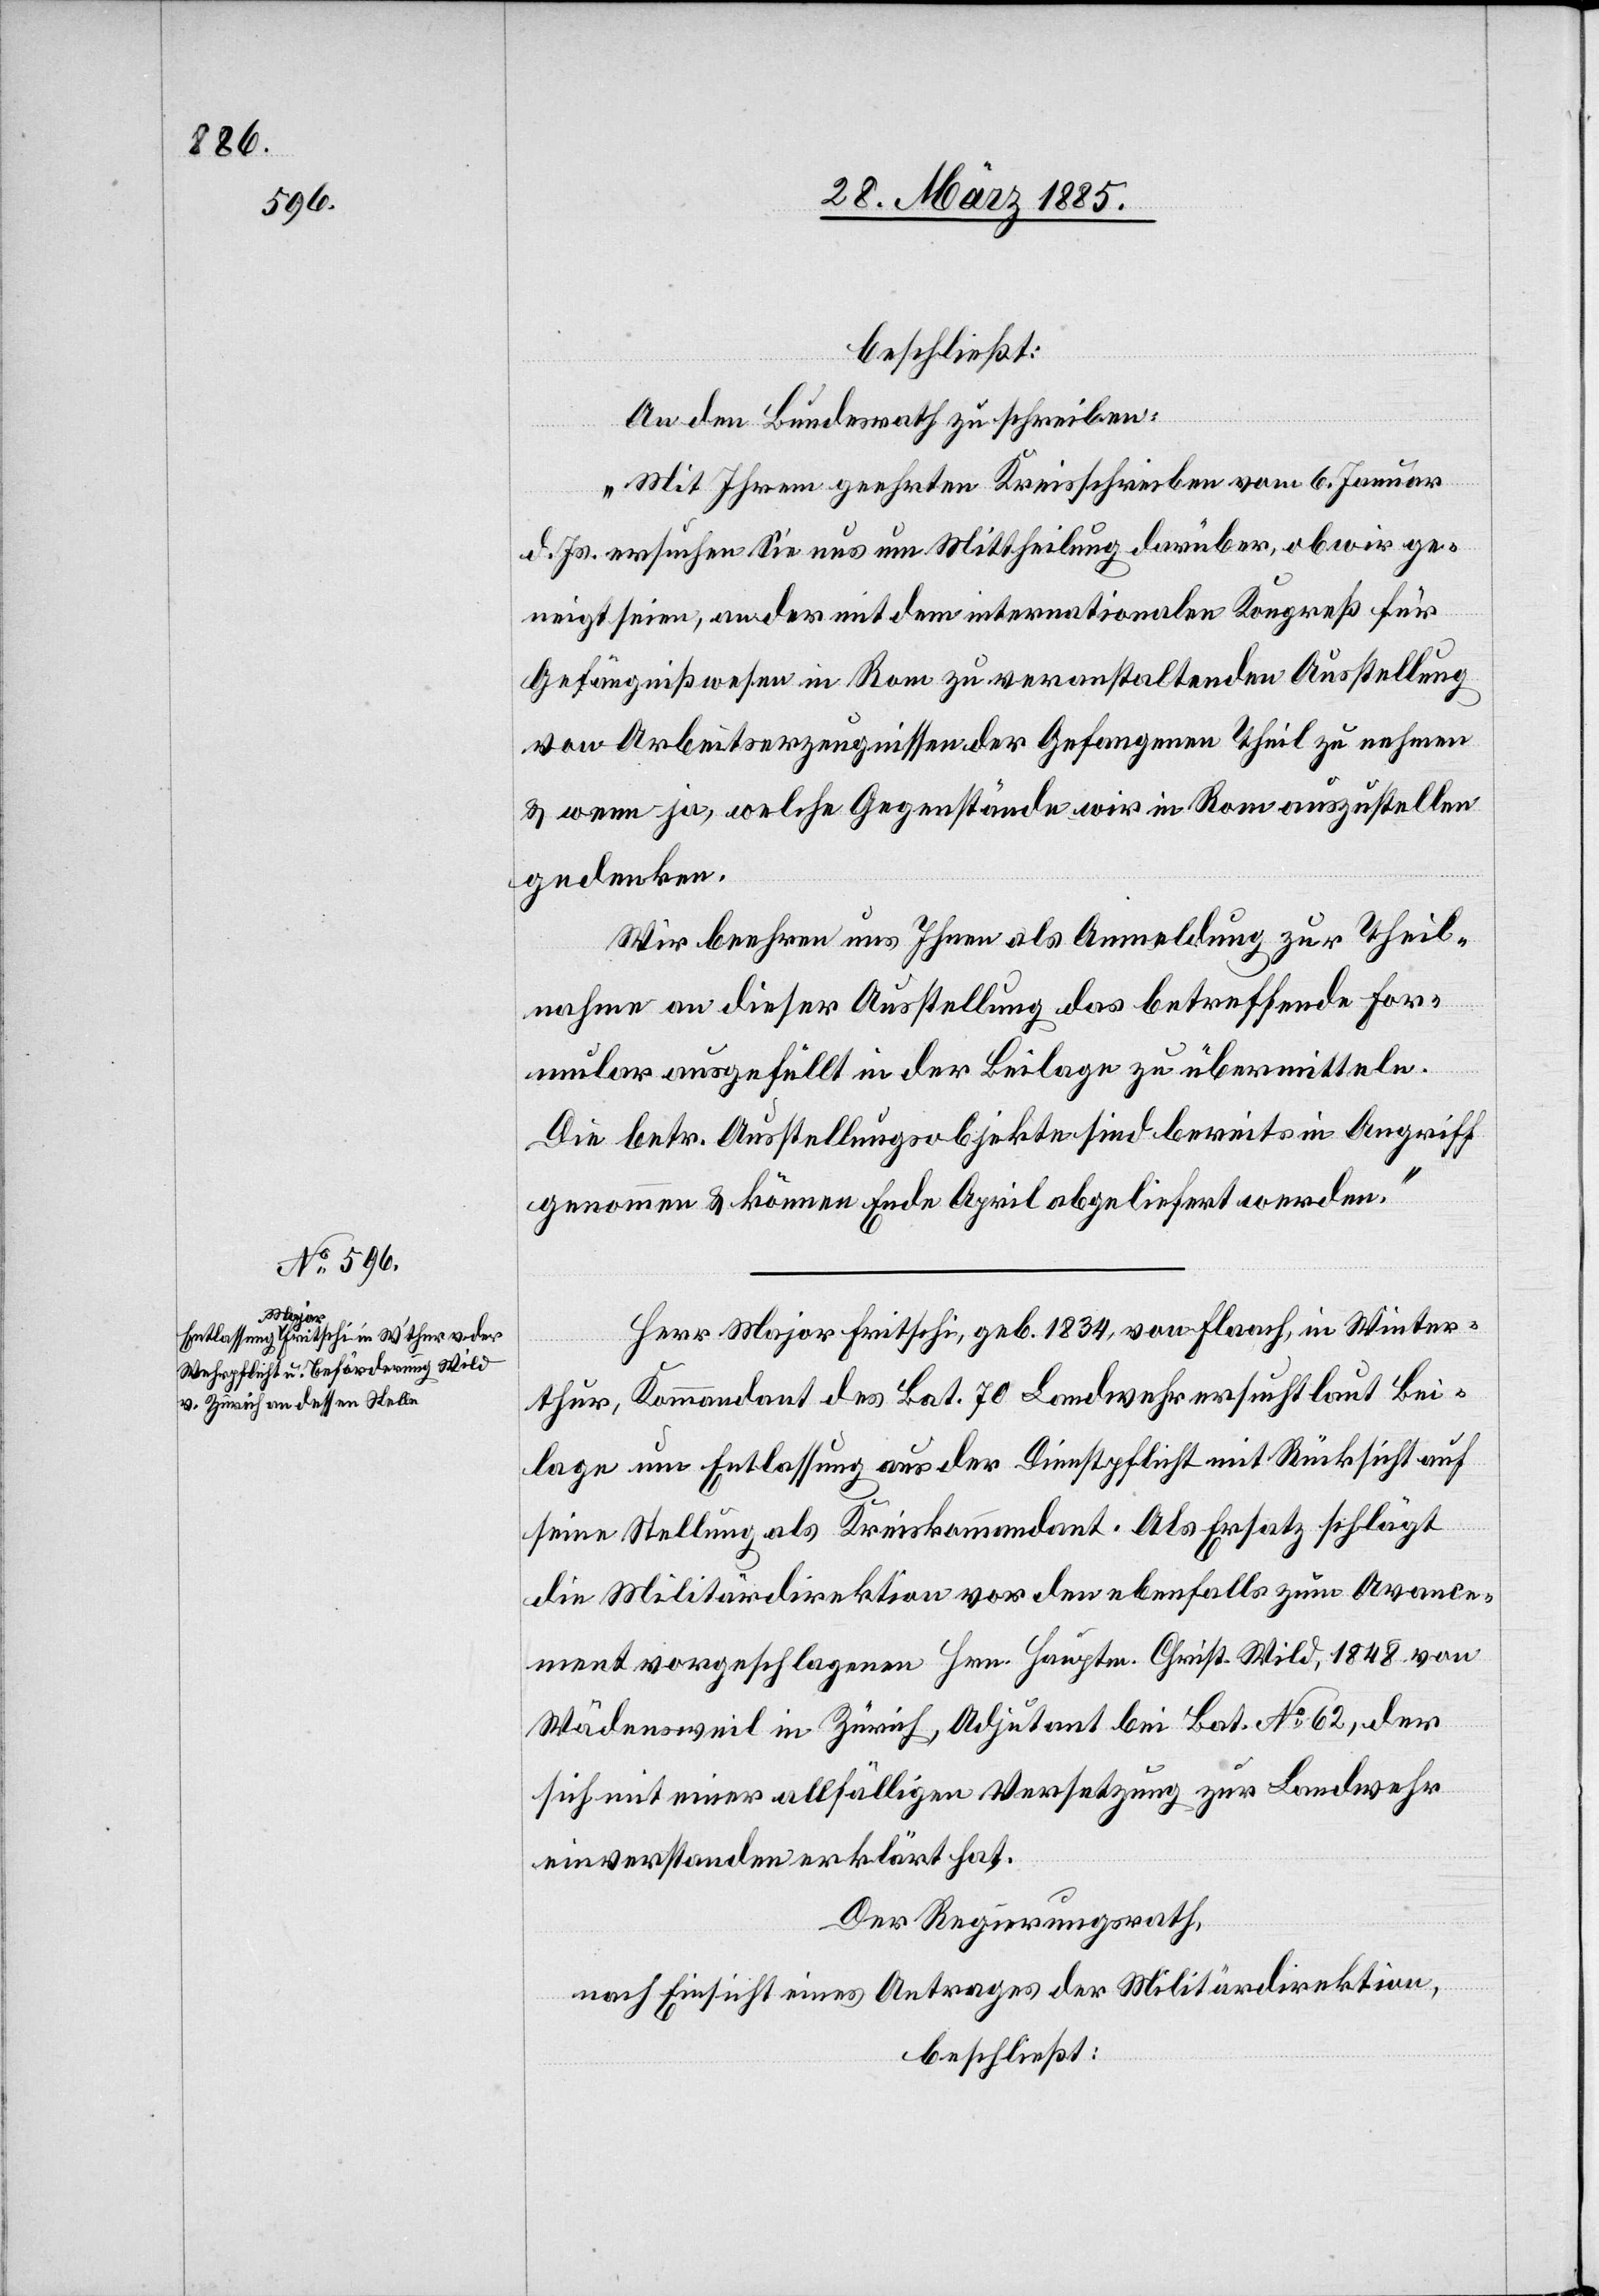
beschließt:
An den Bundesrath zu schreiben:
„Mit Ihrem geehrten Kreisschreiben vom 6. Januar
d. Js. ersuchen Sie uns um Mittheilung darüber, ob wir ge¬
neigt seien, an der mit dem internationalen Kongreß für
Gefängnißwesen in Rom zu veranstaltenden Ausstellung
von Arbeitserzeugnissen der Gefangenen Theil zu nehmen
& wenn ja, welche Gegenstände wir in Rom auszustellen
gedenken.
Wir beehren uns Ihnen als Anmeldung zur Theil¬
nahme an dieser Ausstellung das betreffende For¬
mular ausgefüllt in der Beilage zu übermitteln.
Die betr. Ausstellungsobjekte sind bereits in Angriff
genommen & können Ende August abgeliefert werden.“
Herr Major Fritschi, geb. 1834, von Flaach, in Winter¬
thur, Kommandant des Bat. 70 Landwehr ersucht laut Bei¬
lage um Entlassung aus der Dienstpflicht mit Rücksicht auf
seine Stellung als Kreiskommandant. Als Ersatz schlägt
die Militärdirektion vor den ebenfalls zum Avance¬
ment vorgeschlagenen Hrn. Hauptm. Christ. Wild, 1848 von
Wädensweil in Zürich, Adjutant bei Bat. No 62, der
sich mit einer allfälligen Versetzung zur Landwehr
einverstanden erklärt hat.
Der Regierungsrath,
nach Einsicht eines Antrages der Militärdirektion,
beschließt: